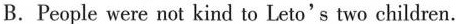
B.People were not kind to Leto's two children.